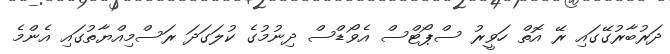
ދަރުބާރުގޭގައި ރޭ އޮތް ހަވީރު ސްޕޯޓްސް އެވޯޑްސް ދިނުމުގެ ކުލަގަދަ ރަސްމިއްޔާތުގައި އެންމެ